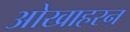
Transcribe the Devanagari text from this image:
ओखाहरन